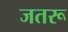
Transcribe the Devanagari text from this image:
जतरू